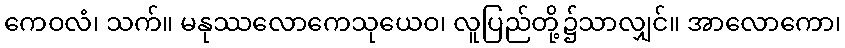
ကေဝလံ၊ သက်။ မနုဿလောကေသုယေဝ၊ လူပြည်တို့၌သာလျှင်။ အာလောကော၊